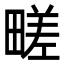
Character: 㽨